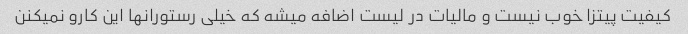
کیفیت پیتزا خوب نیست و مالیات در لیست اضافه میشه که خیلی رستورانها این کارو نمیکنن